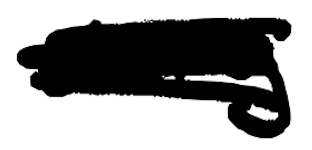
Text: story
Cross-out: scratch
Writing tool: digital_black